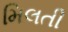
મિલતી